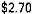
$2.70